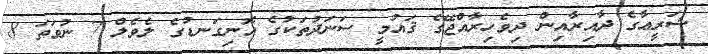
ޝަރީޢާގެ ދާއިރާއިން ދިވެހިރާއްޖޭގެ ޤައުމީ ސަނަދުތަކުގެ އޮނިގަނޑުގެ ލެވެލް 7 ނުވަތަ 8